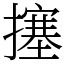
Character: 㩙